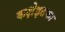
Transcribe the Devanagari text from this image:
कक्षेइतका